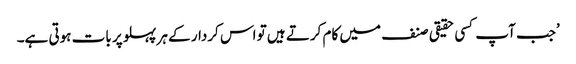
’جب آپ کسی حقیقی صنف میں کام کرتے ہیں تو اس کردار کے ہر پہلو پر بات ہوتی ہے۔